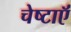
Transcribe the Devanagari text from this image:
चेष्टाऍं